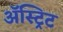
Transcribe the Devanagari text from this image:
ॲस्ट्रिट